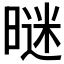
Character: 𣉢